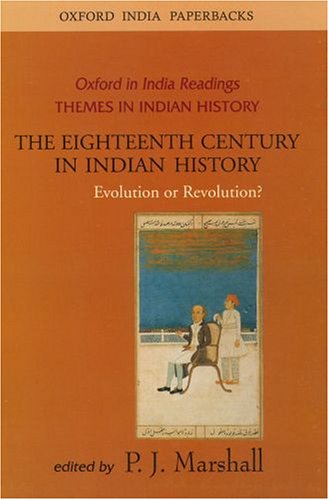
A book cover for The Eighteenth Century in Indian History: Revolution or Evolution? (Oxford in India Readings: Themes in Indian History); History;